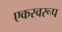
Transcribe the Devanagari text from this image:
एकस्वरूप